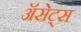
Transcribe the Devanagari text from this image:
ॲसेट्स